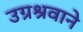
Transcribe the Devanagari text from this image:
उग्रश्रवाने